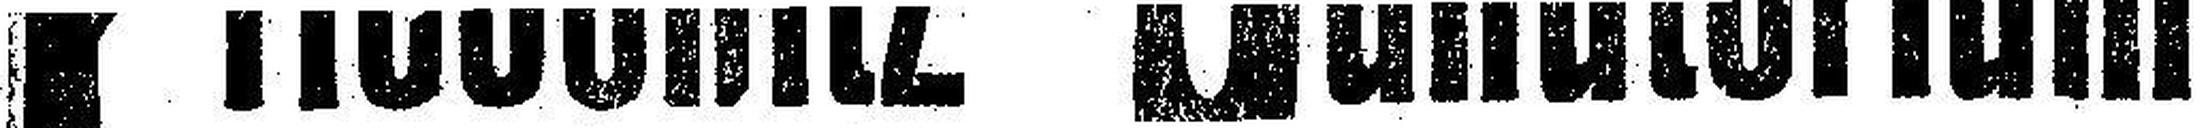
Priessnitz - Sanatorium